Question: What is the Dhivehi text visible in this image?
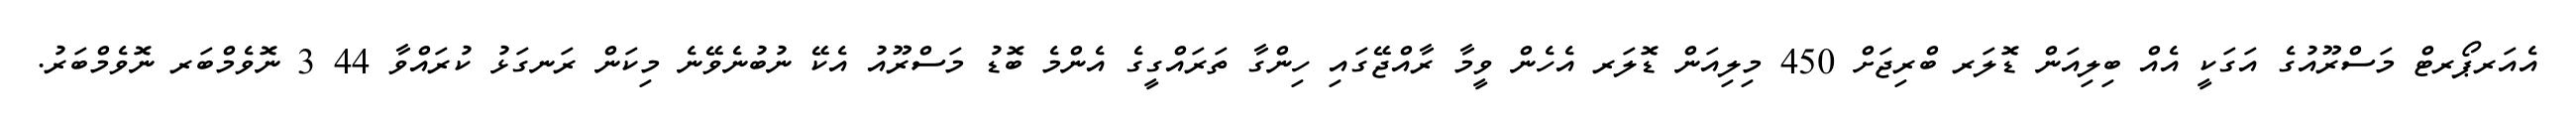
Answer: އެއަރޕޯރޓް މަސްރޫއުގެ އަގަކީ އެއް ބިލިއަން ޑޮލަރ ބްރިޖަށް 450 މިލިއަން ޑޮލަރ އެހެން ވީމާ ރާއްޖޭގައި ހިންގާ ތަރައްގީގެ އެންމެ ބޮޑު މަސްރޫއު އެކޭ ނުބުނެވޭނެ މިކަން ރަނގަޅު ކުރައްވާ 44 3 ނޮވެމްބަރ ނޮވެމްބަރު.